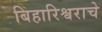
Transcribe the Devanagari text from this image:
बिहारिश्वराचे